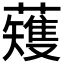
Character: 𫊆